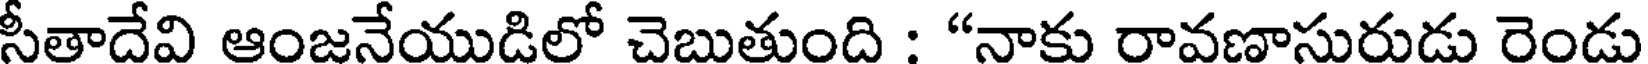
సీతాదేవి ఆంజనేయుడిలో చెబుతుంది : "నాకు రావణాసురుడు రెండు